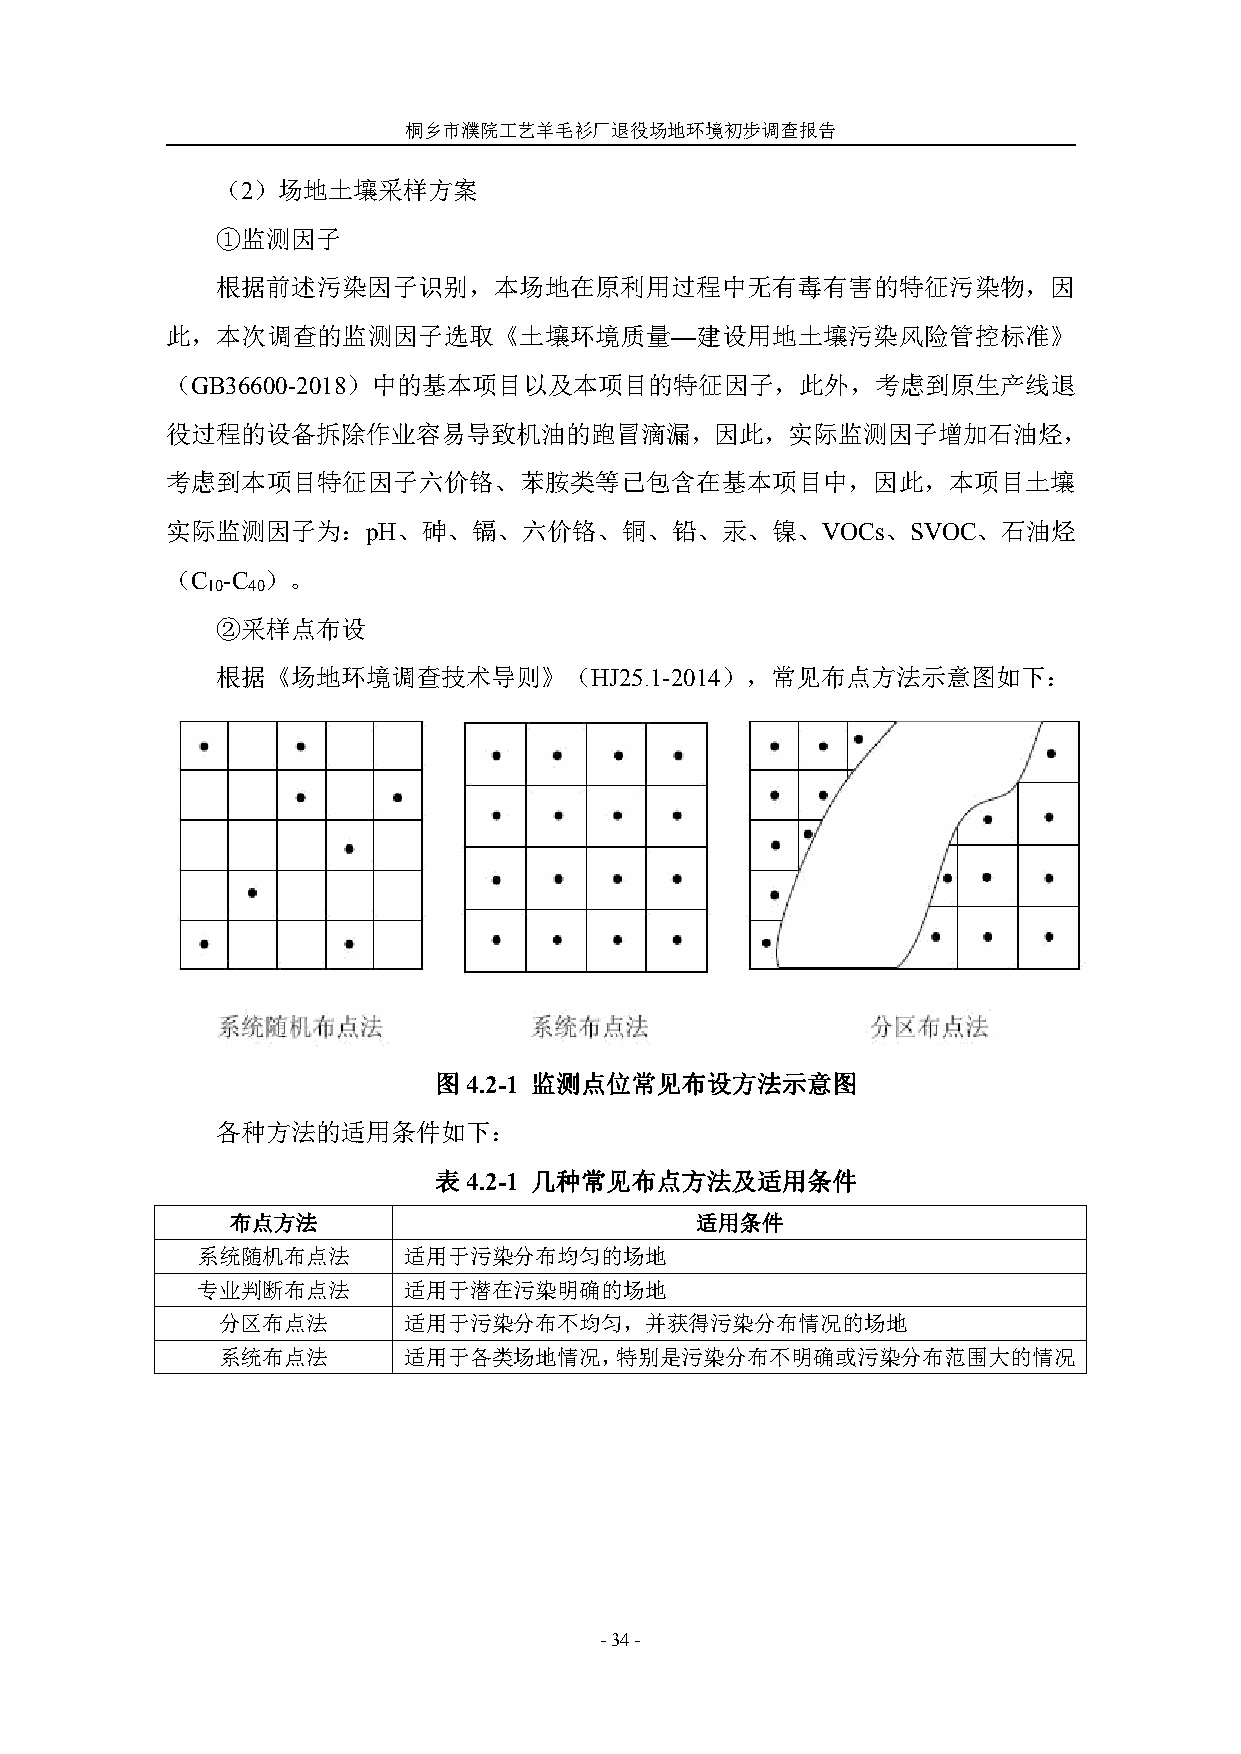
桐乡市濮院工艺羊毛衫厂退役场地环境初步调查报告
 （2）场地土壤采样方案
 ①监测因子
 根据前述污染因子识别，本场地在原利用过程中无有毒有害的特征污染物，因
 此，本次调查的监测因子选取《土壤环境质量—建设用地土壤污染风险管控标准》
 （GB36600-2018）中的基本项目以及本项目的特征因子，此外，考虑到原生产线退
 役过程的设备拆除作业容易导致机油的跑冒滴漏，因此，实际监测因子增加石油烃，
 考虑到本项目特征因子六价铬、苯胺类等已包含在基本项目中，因此，本项目土壤
 实际监测因子为：pH、砷、镉、六价铬、铜、铅、汞、镍、VOCs、SVOC、石油烃
 （C  -C ）。
 10 40
 ②采样点布设
 根据《场地环境调查技术导则》（HJ25.1-2014），常见布点方法示意图如下：
 图4.2-1 监测点位常见布设方法示意图
 各种方法的适用条件如下：
 表4.2-1 几种常见布点方法及适用条件
 布点方法                           适用条件
 系统随机布点法       适用于污染分布均匀的场地
 专业判断布点法       适用于潜在污染明确的场地
 分区布点法        适用于污染分布不均匀，并获得污染分布情况的场地
 系统布点法        适用于各类场地情况，特别是污染分布不明确或污染分布范围大的情况
 -34-